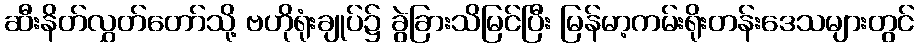
ဆီးနိတ်လွှတ်တော်သို့ ဗဟိုရုံးချုပ်၌ ခွဲခြားသိမြင်ပြီး မြန်မာ့ကမ်းရိုးတန်းဒေသများတွင်